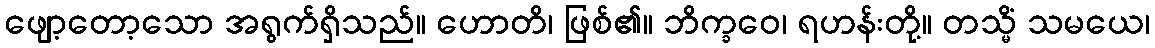
ဖျော့တော့သော အရွက်ရှိသည်။ ဟောတိ၊ ဖြစ်၏။ ဘိက္ခဝေ၊ ရဟန်းတို့။ တသ္မိံ သမယေ၊